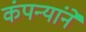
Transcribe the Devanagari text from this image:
कंपन्यांने